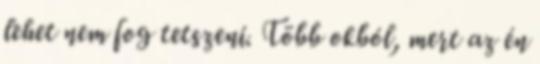
lehet nem fog tetszeni. Több okból, mert az én